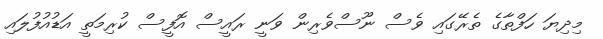
މިދިޔަ ހަފްތާގެ ތެރޭގައި ވެސް ނޫސްވެރިން ވަނީ ރައީސް އޮފީސް ކުރިމަތީ އަޑުއުފުލައި